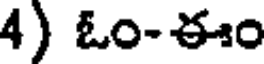
4) ఓం-ఈం